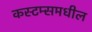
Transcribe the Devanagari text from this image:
कस्टम्समधील